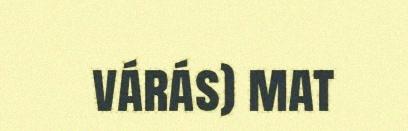
várás) mat